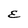
Character: E